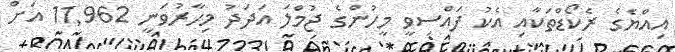
އިއްޔެގެ ރެކޯޑްތަކާއި އެކު ފައްސިވީ މީހުންގެ ޖުމްލަ އަދަދު މިހާރުވަނީ 11